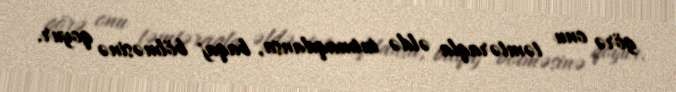
görə onu təmtəraqla əldə tutmaqdansa, baqaj bölməsinə qoyur.